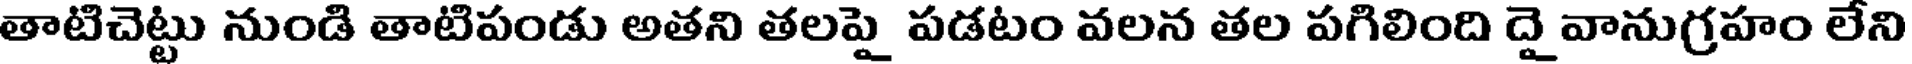
తాటిచెట్టు నుండి తాటిపండు అతని తలపై పడటం వలన తల పగిలింది దై వానుగ్రహం లేని